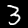
Label: 3